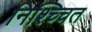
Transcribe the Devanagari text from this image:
निश्च्चित